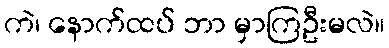
ကဲ၊ နောက်ထပ် ဘာ မှာကြဦးမလဲ။